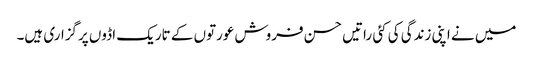
میں نے اپنی زندگی کی کئی راتیں حسن فروش عورتوں کے تاریک اڈوں پرگزاری ہیں۔